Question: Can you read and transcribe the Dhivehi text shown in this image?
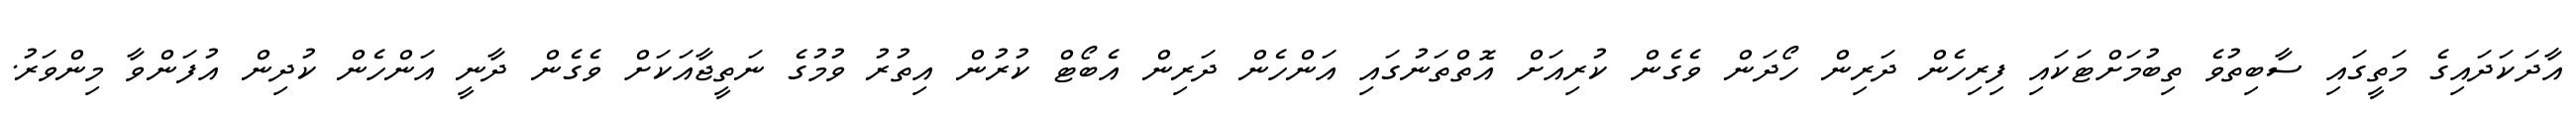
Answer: އާދަކަދައިގެ މަތީގައި ސާބިތުވެ ތިބުމަށްޓަކައި ފިރިހެން ދަރިން ހޯދަން ވެގެން ކުރިއަށް އޮތްތަނުގައި އަންހެން ދަރިން އެބޯޓް ކުރުން އިތުރު ވުމުގެ ނަތީޖާއަކަށް ވެގެން ދާނީ އަންހެން ކުދިން އުފަންވާ މިންވަރު.